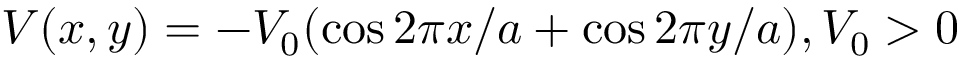
V ( x , y ) = - V _ { 0 } ( \cos 2 \pi x / a + \cos 2 \pi y / a ) , V _ { 0 } > 0